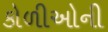
કોળીઓની